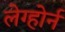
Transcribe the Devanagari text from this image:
लेग्होर्न